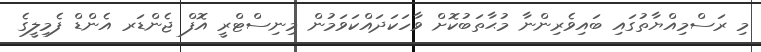
މި ރަސްމިއްޔާތުގައި ބައިވެރިންނާ މުޙާތަބުކޮށް ވާހަކަދައްކަވަމުން މިނިސްޓްރީ އޮފް ޖެންޑަރ އެންޑް ފެމިލީގެ